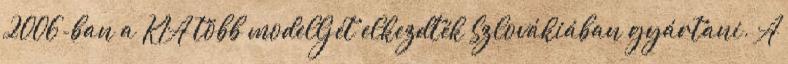
2006-ban a KIA több modelljét elkezdték Szlovákiában gyártani. A